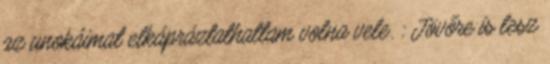
az unokáimat elkápráztathattam volna vele. : Jövőre is lesz